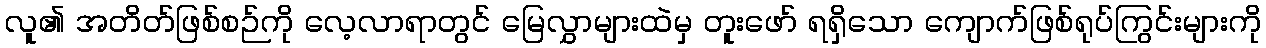
လူ၏ အတိတ်ဖြစ်စဉ်ကို လေ့လာရာတွင် မြေလွှာများထဲမှ တူးဖော် ရရှိသော ကျောက်ဖြစ်ရုပ်ကြွင်းများကို